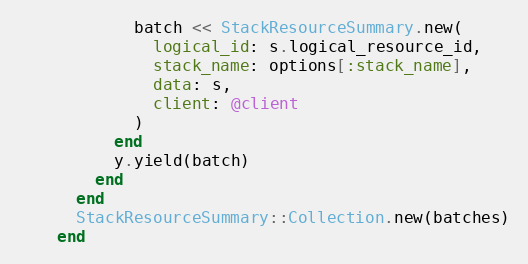
Language: Ruby
            batch << StackResourceSummary.new(
              logical_id: s.logical_resource_id,
              stack_name: options[:stack_name],
              data: s,
              client: @client
            )
          end
          y.yield(batch)
        end
      end
      StackResourceSummary::Collection.new(batches)
    end